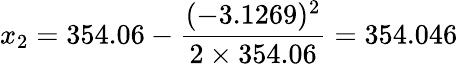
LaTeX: x_{2}=354.06-{\frac{(-3.1269)^{2}}{2\times 354.06}}=354.046